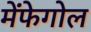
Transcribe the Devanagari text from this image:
मेंफेगोल